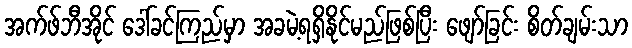
အက်ဖ်ဘီအိုင် ဒေါ်ခင်ကြည်မှာ အခမဲ့ရရှိနိုင်မည်ဖြစ်ပြီး ဖျော်ခြင်း စိတ်ချမ်းသာ